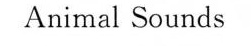
Animal Sounds